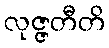
လုဇ္ဇတီတိ